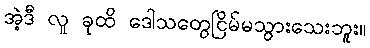
အဲ့ဒီ လူ ခုထိ ဒေါသတွေငြိမ်မသွားသေးဘူး။